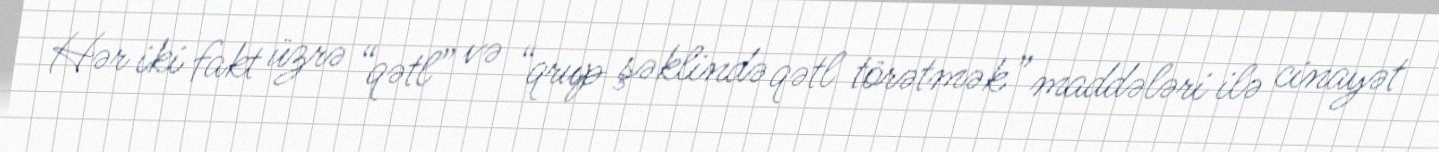
Hər iki fakt üzrə “qətl” və “qrup şəklində qətl törətmək” maddələri ilə cinayət